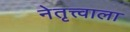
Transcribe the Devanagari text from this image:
नेतृत्त्वाला